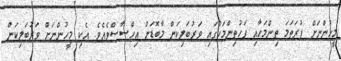
މީހުންނަށް ފުރަތަމަ ތިންމަހާއި ފަހުތިންމަހުގައި ވަރުބަލިކަން މާބޮޑަށް އިހްސާސްވެއެވެ. އެކި މީހުންނަށް ވަރުބަލިކަން